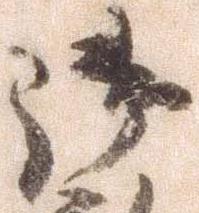
御